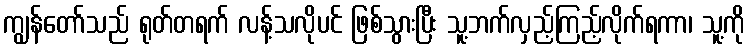
ကျွန်တော်သည် ရုတ်တရက် လန့်သလိုပင် ဖြစ်သွားပြီး သူ့ဘက်လှည့်ကြည့်လိုက်ရကာ၊ သူ့ကို